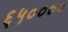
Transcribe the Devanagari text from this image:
६५००००